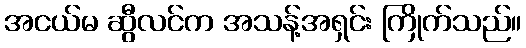
အငယ်မ ဆွီလင်က အသန့်အရှင်း ကြိုက်သည်။